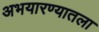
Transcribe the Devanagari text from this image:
अभयारण्यातला